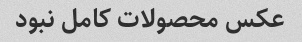
عکس محصولات کامل نبود